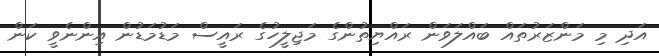
އަދި މި މަންޒަރުތައް ބައްލަވަން ރައްޔިތުންގެ މަޖިލީހުގެ ރައީސް މަޑުމަޑުން އިންނެވީ ކަން